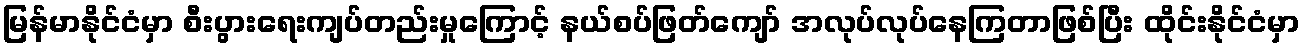
မြန်မာနိုင်ငံမှာ စီးပွားရေးကျပ်တည်းမှုကြောင့် နယ်စပ်ဖြတ်ကျော် အလုပ်လုပ်နေကြတာဖြစ်ပြီး ထိုင်းနိုင်ငံမှာ